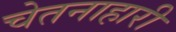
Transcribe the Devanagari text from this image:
चेतनाहारी